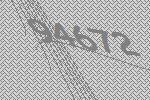
94672